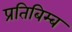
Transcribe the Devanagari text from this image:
प्रतिबिम्‍ब